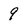
Character: 9